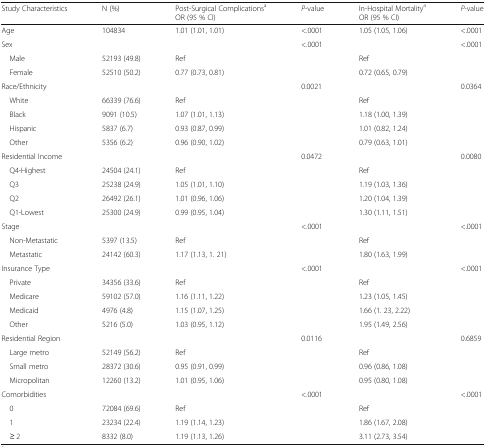
<table><thead><tr><td><b>Study Characteristics</b></td><td><b>N (%)</b></td><td><b>Post-Surgical Complications<sup>a</sup>OR (95 % CI)</b></td><td><b><i>P-</i>value</b></td><td><b>In-Hospital Mortality<sup>a</sup>OR (95 % CI)</b></td><td><b><i>P-</i>value</b></td></tr></thead><tbody><tr><td>Age</td><td>104834</td><td>1.01 (1.01, 1.01)</td><td>&lt;.0001</td><td>1.05 (1.05, 1.06)</td><td>&lt;.0001</td></tr><tr><td>Sex</td><td></td><td></td><td>&lt;.0001</td><td></td><td>&lt;.0001</td></tr><tr><td> Male</td><td>52193 (49.8)</td><td>Ref</td><td></td><td>Ref</td><td></td></tr><tr><td> Female</td><td>52510 (50.2)</td><td>0.77 (0.73, 0.81)</td><td></td><td>0.72 (0.65, 0.79)</td><td></td></tr><tr><td>Race/Ethnicity</td><td></td><td></td><td>0.0021</td><td></td><td>0.0364</td></tr><tr><td> White</td><td>66339 (76.6)</td><td>Ref</td><td></td><td>Ref</td><td></td></tr><tr><td> Black</td><td>9091 (10.5)</td><td>1.07 (1.01, 1.13)</td><td></td><td>1.18 (1.00, 1.39)</td><td></td></tr><tr><td> Hispanic</td><td>5837 (6.7)</td><td>0.93 (0.87, 0.99)</td><td></td><td>1.01 (0.82, 1.24)</td><td></td></tr><tr><td> Other</td><td>5356 (6.2)</td><td>0.96 (0.90, 1.02)</td><td></td><td>0.79 (0.63, 1.01)</td><td></td></tr><tr><td>Residential Income</td><td></td><td></td><td>0.0472</td><td></td><td>0.0080</td></tr><tr><td> Q4-Highest</td><td>24504 (24.1)</td><td>Ref</td><td></td><td>Ref</td><td></td></tr><tr><td> Q3</td><td>25238 (24.9)</td><td>1.05 (1.01, 1.10)</td><td></td><td>1.19 (1.03, 1.36)</td><td></td></tr><tr><td> Q2</td><td>26492 (26.1)</td><td>1.01 (0.96, 1.06)</td><td></td><td>1.20 (1.04, 1.39)</td><td></td></tr><tr><td> Q1-Lowest</td><td>25300 (24.9)</td><td>0.99 (0.95, 1.04)</td><td></td><td>1.30 (1.11, 1.51)</td><td></td></tr><tr><td>Stage</td><td></td><td></td><td>&lt;.0001</td><td></td><td>&lt;.0001</td></tr><tr><td> Non-Metastatic</td><td>5397 (13.5)</td><td>Ref</td><td></td><td>Ref</td><td></td></tr><tr><td> Metastatic</td><td>24142 (60.3)</td><td>1.17 (1.13, 1. 21)</td><td></td><td>1.80 (1.63, 1.99)</td><td></td></tr><tr><td>Insurance Type</td><td></td><td></td><td>&lt;.0001</td><td></td><td>&lt;.0001</td></tr><tr><td> Private</td><td>34356 (33.6)</td><td>Ref</td><td></td><td>Ref</td><td></td></tr><tr><td> Medicare</td><td>59102 (57.0)</td><td>1.16 (1.11, 1.22)</td><td></td><td>1.23 (1.05, 1.45)</td><td></td></tr><tr><td> Medicaid</td><td>4976 (4.8)</td><td>1.15 (1.07, 1.25)</td><td></td><td>1.66 (1. 23, 2.22)</td><td></td></tr><tr><td> Other</td><td>5216 (5.0)</td><td>1.03 (0.95, 1.12)</td><td></td><td>1.95 (1.49, 2.56)</td><td></td></tr><tr><td>Residential Region</td><td></td><td></td><td>0.0116</td><td></td><td>0.6859</td></tr><tr><td> Large metro</td><td>52149 (56.2)</td><td>Ref</td><td></td><td>Ref</td><td></td></tr><tr><td> Small metro</td><td>28372 (30.6)</td><td>0.95 (0.91, 0.99)</td><td></td><td>0.96 (0.86, 1.08)</td><td></td></tr><tr><td> Micropolitan</td><td>12260 (13.2)</td><td>1.01 (0.95, 1.06)</td><td></td><td>0.95 (0.80, 1.08)</td><td></td></tr><tr><td>Comorbidities</td><td></td><td></td><td>&lt;.0001</td><td></td><td>&lt;.0001</td></tr><tr><td> 0</td><td>72084 (69.6)</td><td>Ref</td><td></td><td>Ref</td><td></td></tr><tr><td> 1</td><td>23234 (22.4)</td><td>1.19 (1.14, 1.23)</td><td></td><td>1.86 (1.67, 2.08)</td><td></td></tr><tr><td> ≥ 2</td><td>8332 (8.0)</td><td>1.19 (1.13, 1.26)</td><td></td><td>3.11 (2.73, 3.54)</td><td></td></tr></tbody></table>